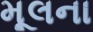
મૂલના